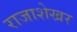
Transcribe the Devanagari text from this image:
राजाशेखर